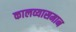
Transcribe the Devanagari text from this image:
कालव्यासमान